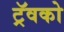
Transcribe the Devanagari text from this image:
ट्रॅवको